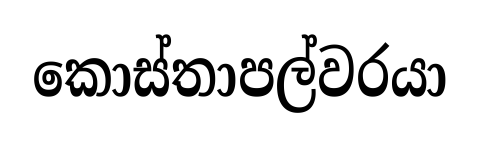
කොස්තාපල්වරයා